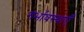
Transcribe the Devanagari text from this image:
गर्भावस्थाएँ